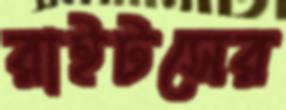
রাইটসের